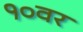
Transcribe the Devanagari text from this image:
१०वर